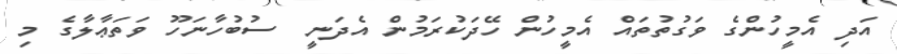
އަދި އެމީހުންގެ ވަގުތުތައް އެމީހުން ހޭދަކުރަމުން އެދަނީ  ސުބުހާނަހޫ ވަތަޢާލާގެ މި